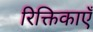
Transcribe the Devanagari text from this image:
रिक्तिकाएँ